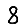
Digit: 8